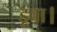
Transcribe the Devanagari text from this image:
डूबा।